Annual statistical returns and brief notes on vaccination in Bengal - 1909-1929
Year: 1909
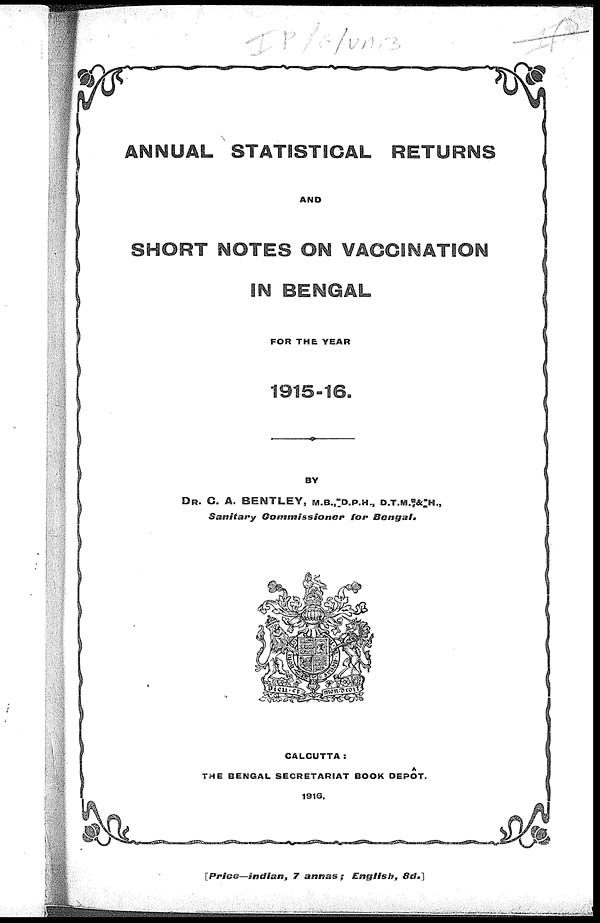
ANNUAL STATISTICAL RETURNS
AND
SHORT NOTES ON VACCINATION
IN BENGAL
FOR THE YEAR
1915-16.
BY
DR. C. A. BENTLEY, M.B., D.P.H., D.T.M. & H.,
Sanitary
Commissioner
for
Bengal.
CALCUTTA :
THE BENGAL SECRETARIAT BOOK DEPÔT.
1916.
[Price—Indian,
7 annas;
English,
8d.]